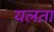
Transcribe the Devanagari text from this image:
यलता